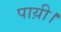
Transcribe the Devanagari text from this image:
पाय़ी।